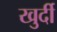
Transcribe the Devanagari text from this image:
खुर्दी